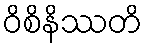
ဝိစိနိဿတိ